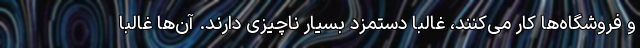
و فروشگاه‌ها کار می‌کنند، غالبا دستمزد بسیار ناچیزی دارند. آن‌ها غالبا